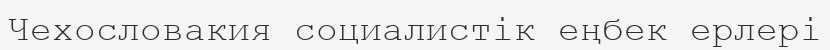
Чехословакия социалистік еңбек ерлері